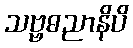
သဗ္ဗဓညာနိပိ